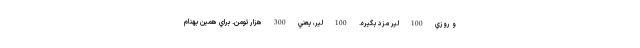
و روزي 100 لير مزد بگيره. 100 لير، يعني 300 هزار تومن. براي همين بهنام